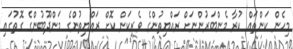
މިހެން ކަންތައް ކުރާ މެންބަރުންނަށް ރައްޔިތުންގެ ވެރިކަން ކޮށް ރައްޔިތުންގެ މަންދޫބުންގެ ގޮތުގައި